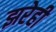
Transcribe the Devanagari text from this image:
झरेही